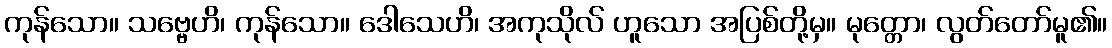
ကုန်သော။ သဗ္ဗေဟိ၊ ကုန်သော။ ဒေါသေဟိ၊ အကုသိုလ် ဟူသော အပြစ်တို့မှ။ မုတ္တော၊ လွတ်တော်မူ၏။